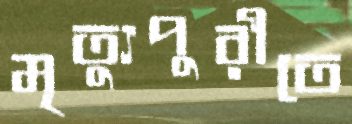
মৃত্যুপুরীতে